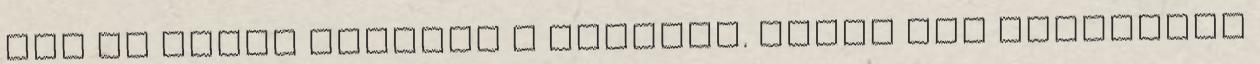
jut el egyik pontból a másikba. Mivel már nyakunkon